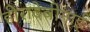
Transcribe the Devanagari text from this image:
हीरादेवीनाई